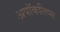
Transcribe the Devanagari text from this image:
अपॉकलिप्स